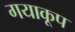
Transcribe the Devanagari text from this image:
गयाकूप